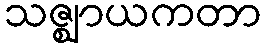
သဇ္ဈာယကတာ